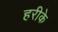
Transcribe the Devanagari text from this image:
हरीके